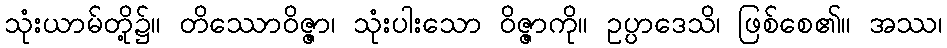
သုံးယာမ်တို့၌။ တိဿောဝိဇ္ဇာ၊ သုံးပါးသော ဝိဇ္ဇာကို။ ဥပ္ပာဒေသိ၊ ဖြစ်စေ၏။ အဿ၊